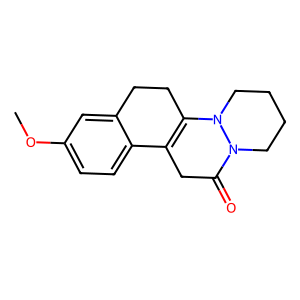
SMILES: COc1ccc2c(c1)CCC1=C2CC(=O)N2CCCCN12
Inhibits HIV replication: No